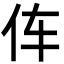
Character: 伡